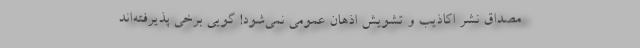
مصداق نشر اکاذیب و تشویش اذهان عمومی نمی‌شود! گویی برخی پذیرفته‌اند